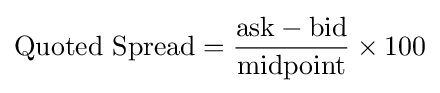
{\text{Quoted Spread}}={\frac {{\hbox{ask}}-{\hbox{bid}}}{\hbox{midpoint}}}\times 100